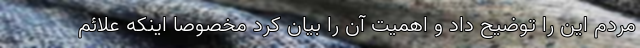
مردم این را توضیح داد و اهمیت آن‌ را بیان کرد مخصوصا اینکه علائم